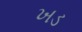
ખડ